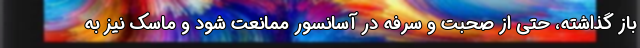
باز گذاشته، حتی از صحبت و سرفه در آسانسور ممانعت شود و ماسک نیز به